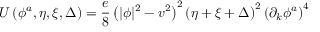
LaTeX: U \left( \phi ^ { a } , \eta , \xi , \Delta \right) = \frac { e } { 8 } \left( | \phi | ^ { 2 } - v ^ { 2 } \right) ^ { 2 } \left( \eta + \xi + \Delta \right) ^ { 2 } \left( \partial _ { k } \phi ^ { a } \right) ^ { 4 }